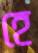
হে